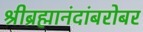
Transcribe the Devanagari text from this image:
श्रीब्रह्मानंदांबरोबर